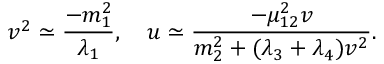
v ^ { 2 } \simeq { \frac { - m _ { 1 } ^ { 2 } } { \lambda _ { 1 } } } , ~ ~ ~ u \simeq { \frac { - \mu _ { 1 2 } ^ { 2 } v } { m _ { 2 } ^ { 2 } + ( \lambda _ { 3 } + \lambda _ { 4 } ) v ^ { 2 } } } .